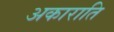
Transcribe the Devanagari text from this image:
अकाराति